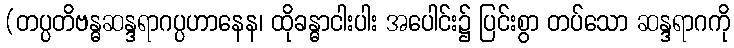
(တပ္ပတိဗန္ဓဆန္ဒရာဂပ္ပဟာနေန၊ ထိုခန္ဓာငါးပါး အပေါင်း၌ ပြင်းစွာ တပ်သော ဆန္ဒရာဂကို